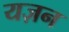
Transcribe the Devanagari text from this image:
यज़न